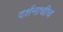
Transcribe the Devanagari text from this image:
दर्शनाचीच